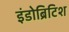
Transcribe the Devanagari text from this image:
इंडोब्रिटिश